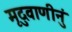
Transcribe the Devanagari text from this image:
मृदुवाणीनुं